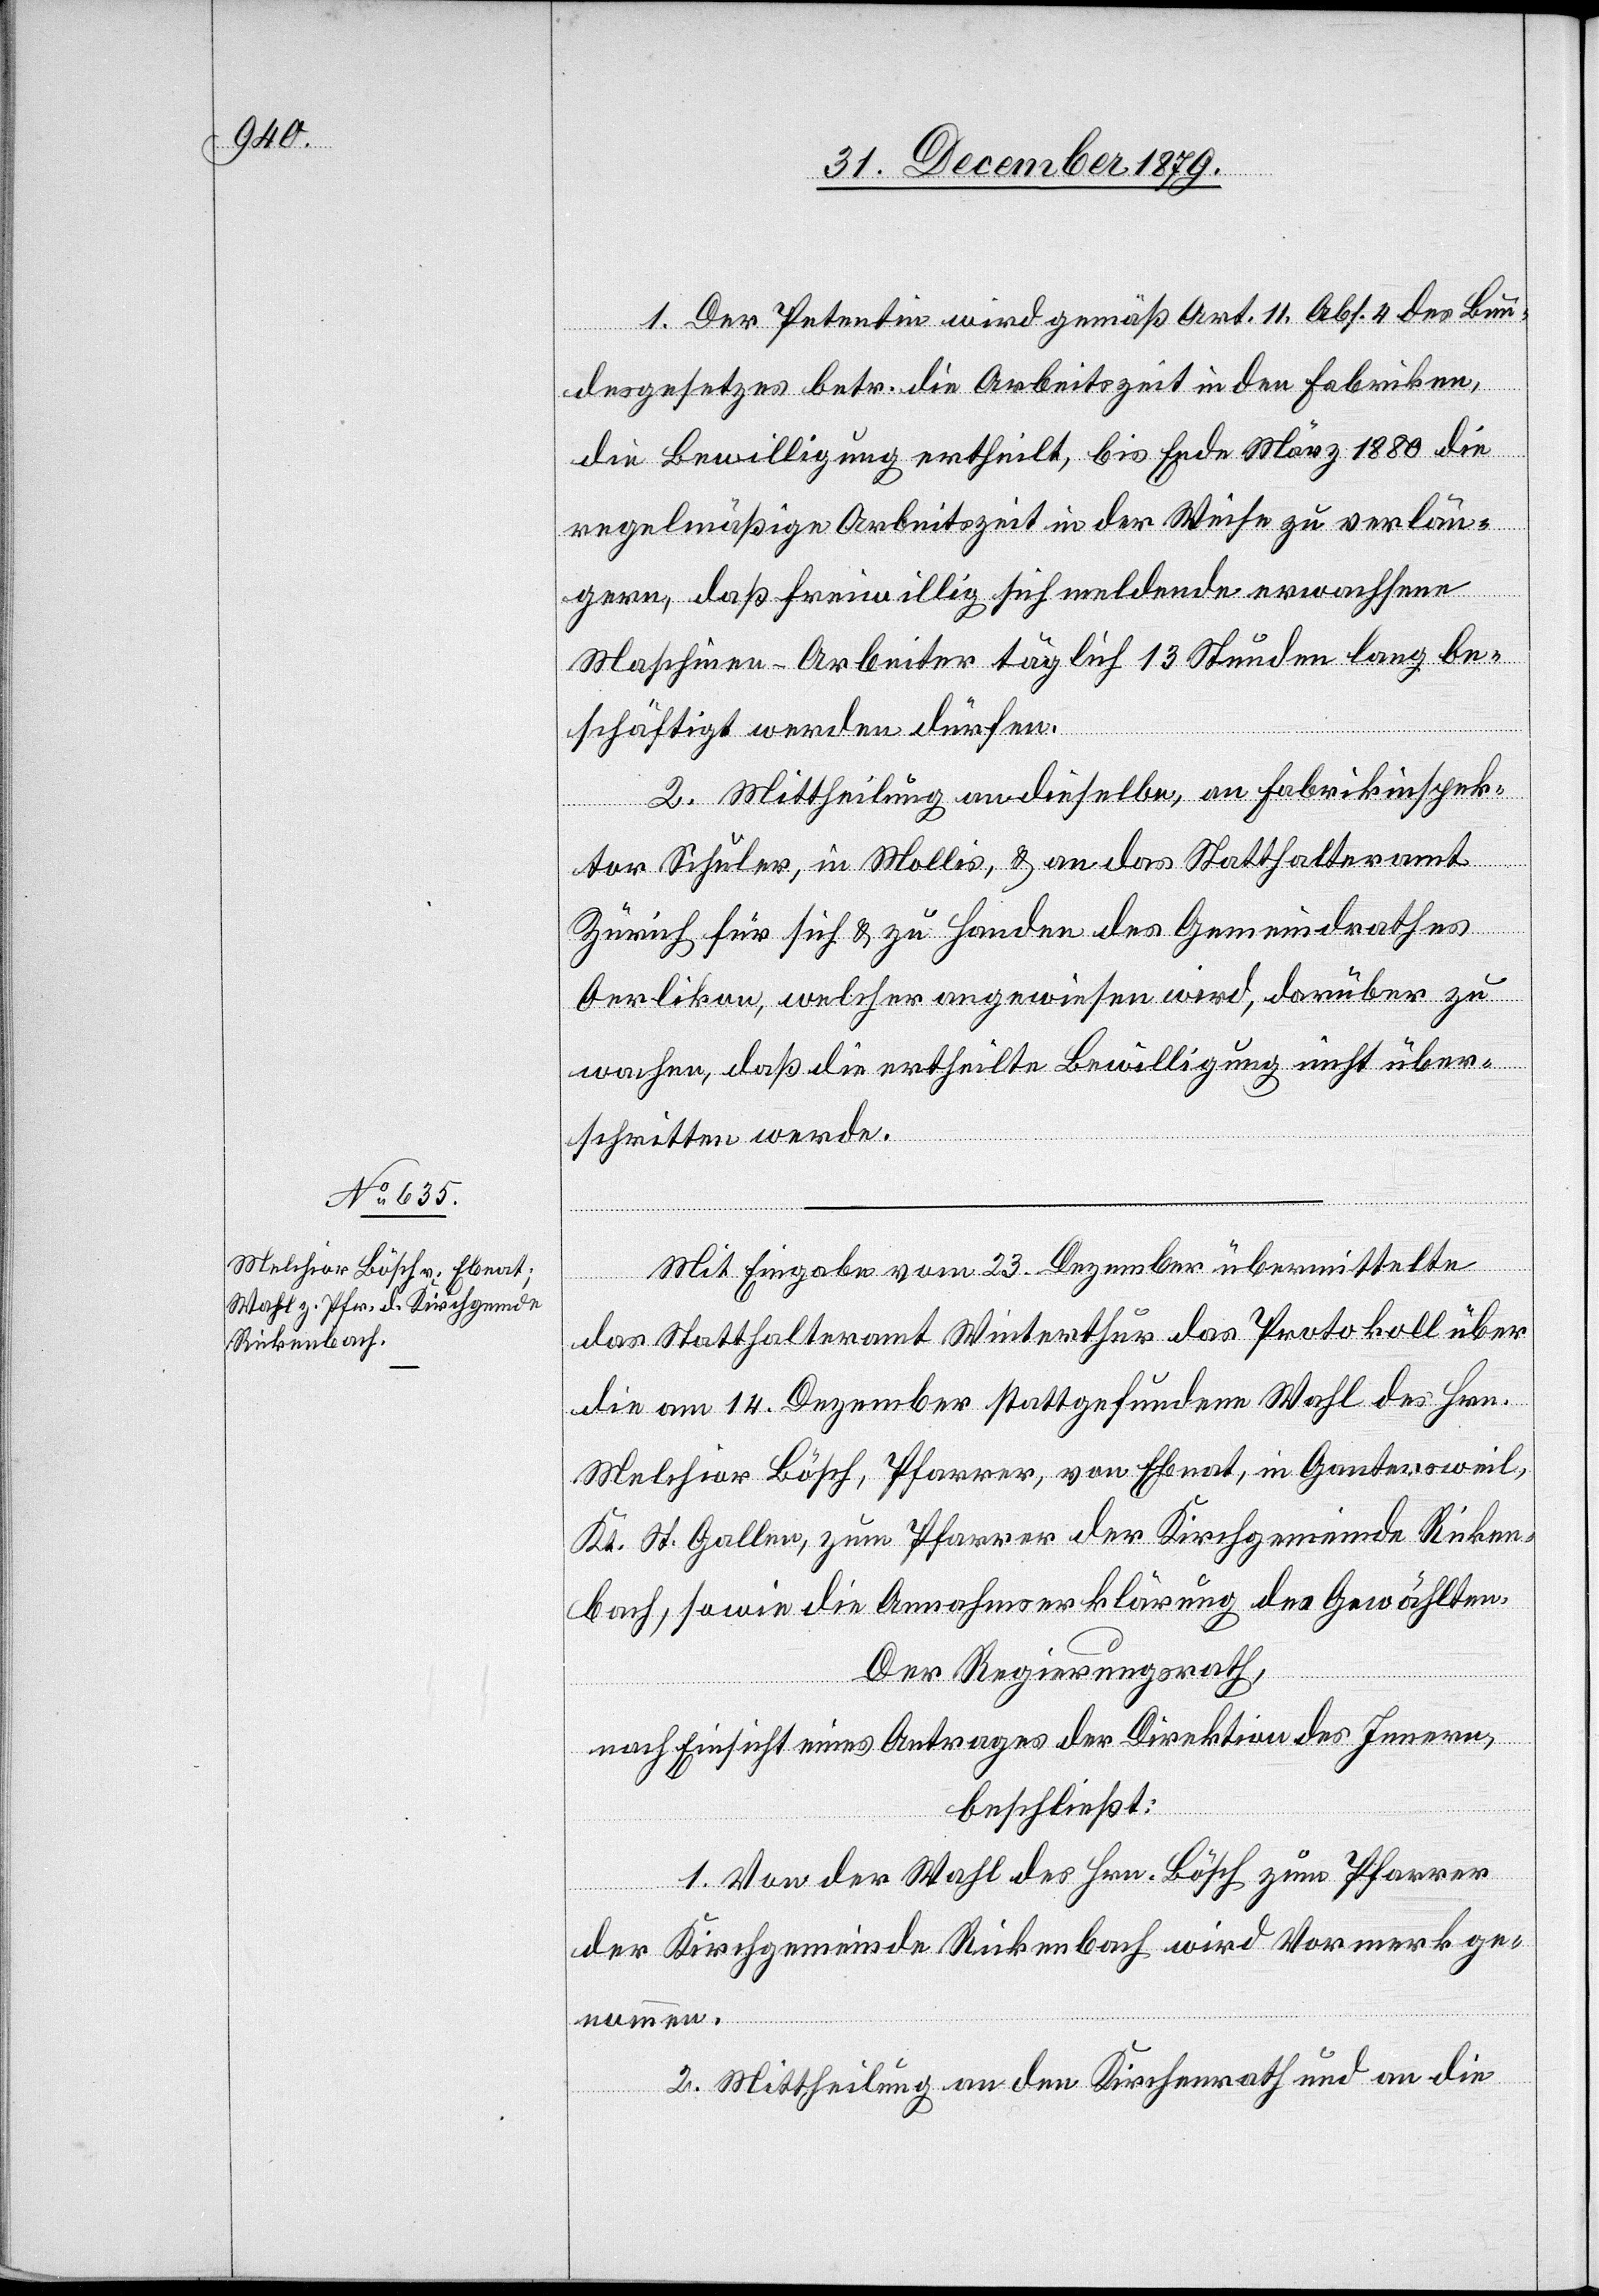
Der Petentin wird gemäß Art. 11, Abs. 4 des Bun¬
desgesetzes betr. die Arbeitszeit in den Fabriken,
die Bewilligung ertheilt, bis Ende März 1880 die
regelmäßige Arbeitszeit in der Weise zu verlän¬
daß
gern, daß freiwillig sich meldende erwachsene
Maschinen-Arbeiter täglich 13 Stunden lang be¬
schäftigt werden dürfen.
2. Mittheilung an dieselbe, an Fabrikinspek¬
tor Schuler, in Mollis, & an das Statthalteramt
Zürich für sich & zu Handen des Gemeindrathes
rschritten werde.
Mit Eingabe vom 23. Dezember übermittelte
das Statthalteramt Winterthur das Protokoll über
die am 14. Dezember stattgefundene Wahl des Hrn.
Melchior Bösch, Pfarrer, von Ebnat, in Gantensweil,
Kt. St. Gallen zum Pfarrer der Kirchgemeinde Ricken¬
bach, sowie die Annahmserklärung des Gewählten.
Der Regierungsrath,
nach Einsicht eines Antrages der Direktion des Innern,
beschließt:
1. Von der Wahl des Hrn. Bösch zum Pfarrer
der Kirchgemeinde Rickenbach wird Vormerk ge¬
nommen.
2. Mittheilung an den Kirchenrath und an die

übe¬